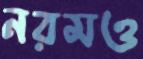
নরমও